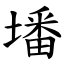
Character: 墦